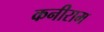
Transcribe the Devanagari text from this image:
कनीराम